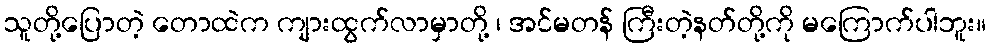
သူတို့ပြောတဲ့ တောထဲက ကျားထွက်လာမှာတို့ ၊ အင်မတန် ကြီးတဲ့နတ်တို့ကို မကြောက်ပါဘူး။